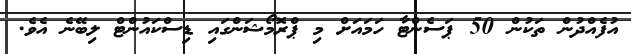
އުފެއްދުން ތަކުން 50 ޕަސެންޓާ ހަމައަށް މި ޕްރޮމޯޝަންގައި ޑިސްކައުންޓް ލިބޭނެ އެވެ.